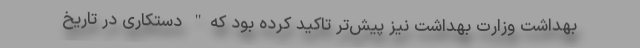
بهداشت وزارت بهداشت نیز پیش‌تر تاکید کرده بود که" دستکاری در تاریخ